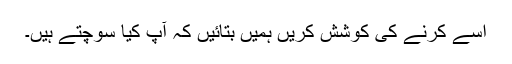
اسے کرنے کی کوشش کریں ہمیں بتائیں کہ آپ کیا سوچتے ہیں۔